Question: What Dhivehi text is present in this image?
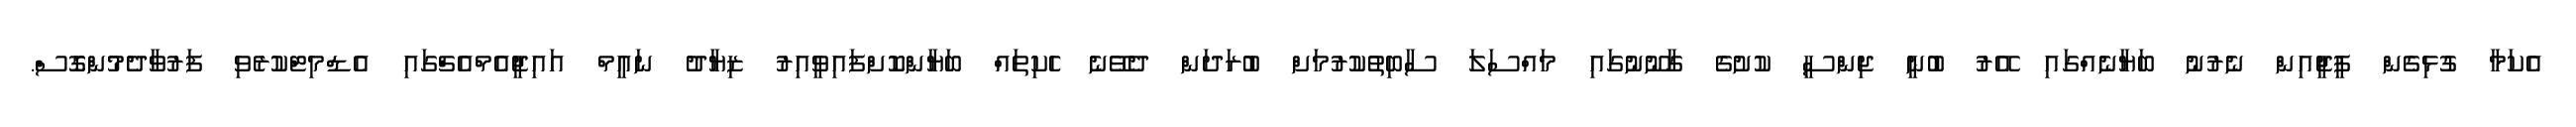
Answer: އެކަމާ ގުޅިގެން ޕީޖީއިން ނެރުނު ބަޔާނެއްގައި އޭރު ބުނީ ޖިންސީ ކުށުގެ ގާނޫނުގައި މައްސަލަ ސާބިތުކުރުމަށް ބުރަދަން ދެވޭނެ ހެކިތައް ބަޔާންކޮށްފައިވީއިރު ޒިޔާދު ނައީމް އައިޖީއެމްއެޗްގައި އެޑްމިޓްކުރެވި ފަރުވާދެމުންގޮސް.